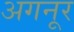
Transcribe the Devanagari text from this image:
अगनूर